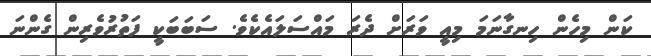
ކަން މިހެން ހިނގާނަމަ މިއީ ވަރަށް ދެރަ މައްސަލައެކެވެ. ސަބަބަކީ ފަތުރުވެރިން ގެންނަ